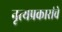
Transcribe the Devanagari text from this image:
नृत्यप्रकारांचे